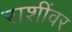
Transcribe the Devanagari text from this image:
राशींवर